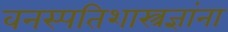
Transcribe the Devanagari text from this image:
वनस्पतिशास्त्रज्ञांना